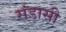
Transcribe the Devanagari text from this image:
संडासी